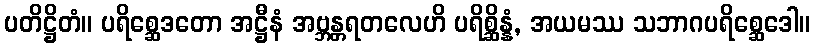
ပတိဋ္ဌိတံ။ ပရိစ္ဆေဒတော အဋ္ဌီနံ အဗ္ဘန္တရတလေဟိ ပရိစ္ဆိန္နံ, အယမဿ သဘာဂပရိစ္ဆေဒေါ။